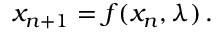
x _ { n + 1 } = f ( x _ { n } , \lambda ) \, .